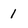
Character: 1